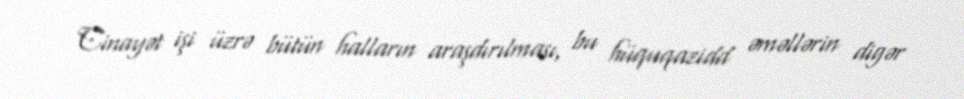
Cinayət işi üzrə bütün halların araşdırılması, bu hüquqazidd əməllərin digər